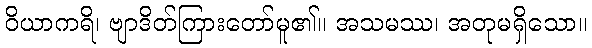
ဝိယာကရိ၊ ဗျာဒိတ်ကြားတော်မူ၏။ အသမဿ၊ အတုမရှိသော။